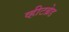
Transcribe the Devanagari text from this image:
व्हीटब्रेड